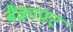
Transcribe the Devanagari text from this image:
बैंक्राफ़्ट